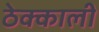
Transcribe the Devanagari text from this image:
ठेक्काली